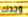
وجدك